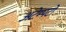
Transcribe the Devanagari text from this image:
अटेम्पटो